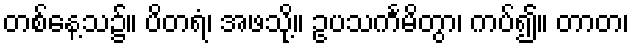
တစ်နေ့သ၌။ ပိတရံ၊ အဖသို့။ ဥပသင်္ကမိတွာ၊ ကပ်၍။ တာတ၊